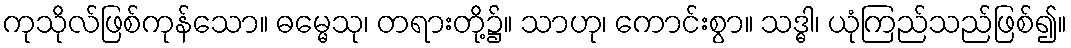
ကုသိုလ်ဖြစ်ကုန်သော။ ဓမ္မေသု၊ တရားတို့၌။ သာဟု၊ ကောင်းစွာ။ သဒ္ဓါ၊ ယုံကြည်သည်ဖြစ်၍။